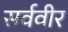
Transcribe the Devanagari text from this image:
सर्ववीर